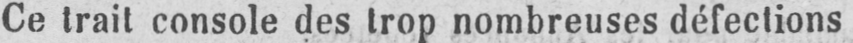
Ce trait console des trop nombreuses défections